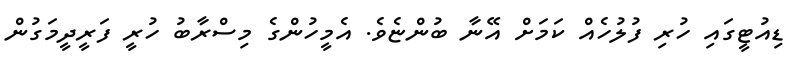
ޑިއުޓީގައި ހުރި ފުލުހެއް ކަމަށް އޭނާ ބުންޏެވެ. އެމީހުންގެ މިސްރާބު ހުރީ ފަރީދީމަގުން